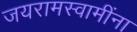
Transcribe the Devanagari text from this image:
जयरामस्वामींना